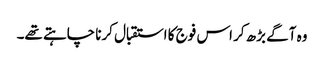
وہ آگے بڑھ کر اس فوج کا استقبال کرنا چاہتے تھے۔